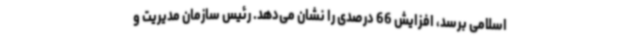
اسلامی برسد، افزایش 66 درصدی را نشان می‌دهد. رئیس سازمان مدیریت و